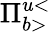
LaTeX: \Pi_{b>}^{u<}